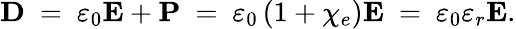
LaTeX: \mathbf{D}\ =\ \varepsilon_{0}\mathbf{E}+\mathbf{P}\ =\ \varepsilon_{0}\left(1+\chi_{e}\right)\mathbf{E}\ =\ \varepsilon_{0}\varepsilon_{r}\mathbf{E}.